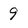
Character: 9